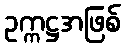
ဥက္ကဋ္ဌအဖြစ်